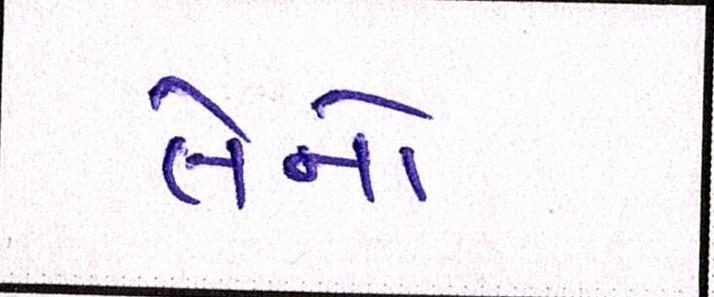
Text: તેનો